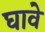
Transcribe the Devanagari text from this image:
घावे